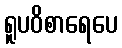
ရူပဝိစာရေပေ